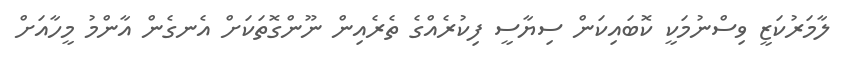
ލާމަރުކަޒީ ވިސްނުމަކީ ކޮބައިކަން ސިޔާސީ ފިކުރެއްގެ ތެރެއިން ނޫންގޮތަކަށް އެނގެން އާންމު މީހާއަށް